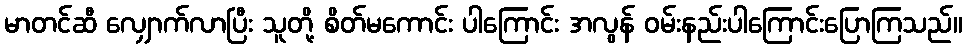
မာတင်ဆီ လျှောက်လာပြီး သူတို့ စိတ်မကောင်း ပါကြောင်း အလွန် ဝမ်းနည်းပါကြောင်းပြောကြသည်။